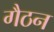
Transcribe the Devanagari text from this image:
गैठन